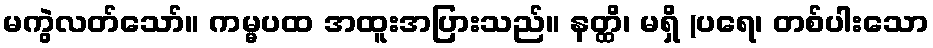
မကွဲလတ်သော်။ ကမ္မပထ အထူးအပြားသည်။ နတ္ထိ၊ မရှိ (ပရေ၊ တစ်ပါးသော